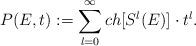
LaTeX: \begin{align*}P(E,t):=\sum_{l=0}^{\infty}ch[S^{l}(E)]\cdot {t}^{l}.\end{align*}